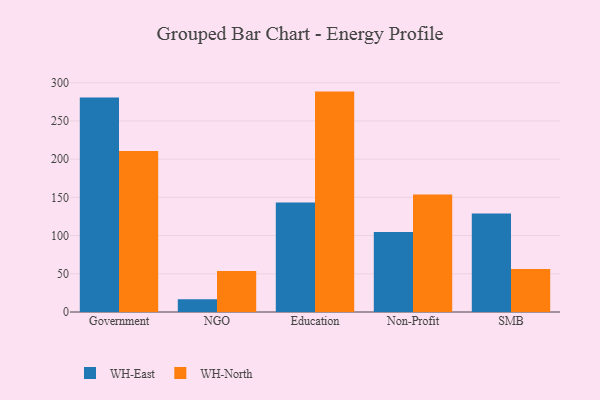
{"axis": {"x": "Segment", "y": "LTV (USD)"}, "legend": ["WH-East", "WH-North"], "data": [{"x": "Government", "y": 280.8, "type": "WH-East"}, {"x": "Government", "y": 210.7, "type": "WH-North"}, {"x": "NGO", "y": 16.7, "type": "WH-East"}, {"x": "NGO", "y": 53.8, "type": "WH-North"}, {"x": "Education", "y": 143.3, "type": "WH-East"}, {"x": "Education", "y": 288.4, "type": "WH-North"}, {"x": "Non-Profit", "y": 104.7, "type": "WH-East"}, {"x": "Non-Profit", "y": 153.9, "type": "WH-North"}, {"x": "SMB", "y": 129.0, "type": "WH-East"}, {"x": "SMB", "y": 56.2, "type": "WH-North"}]}